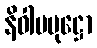
နိဝါပပုဋ္ဌော